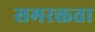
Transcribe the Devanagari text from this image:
समरक्तता